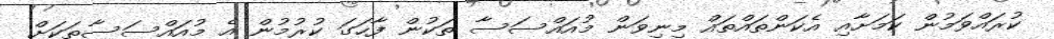
ކުރައްވަމުން ކަމަށާއި އެކަންތައްތައް މިނިވަން މުއައްސަސާ ތަކުން ފާހަގަ ކުރުމުން އެ މުއައްސަސާތަކަށް